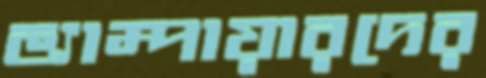
ভ্যাম্পায়ারদের